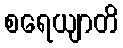
စရေယျာတိ